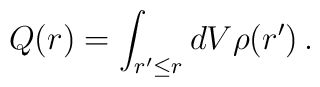
Q(r)= \int_{r^{\prime}\leq r}dV \rho (r^{\prime})\, .